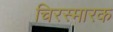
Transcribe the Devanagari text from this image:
चिरस्मारक